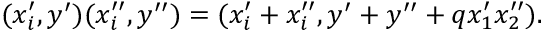
( x _ { i } ^ { \prime } , y ^ { \prime } ) ( x _ { i } ^ { \prime \prime } , y ^ { \prime \prime } ) = ( x _ { i } ^ { \prime } + x _ { i } ^ { \prime \prime } , y ^ { \prime } + y ^ { \prime \prime } + q x _ { 1 } ^ { \prime } x _ { 2 } ^ { \prime \prime } ) .